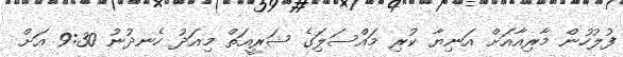
ފުލުހުން މާރިއާއަށް އަނިޔާ ކުރި މައްސަލިަގެ ޝަރީއަތް މިއަދު ހެނދުނު 9:30 އަށް